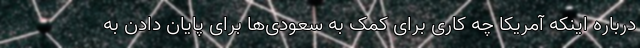
درباره اینکه آمریکا چه کاری برای کمک به سعودی‌ها برای پایان دادن به